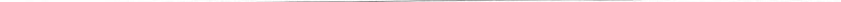
___